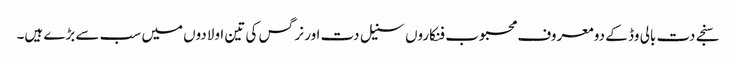
سنجے دت بالی وڈ کے دو معروف محبوب فنکاروں سنیل دت اور نرگس کی تین اولادوں میں سب سے بڑے ہیں۔